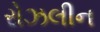
રોઝલીન